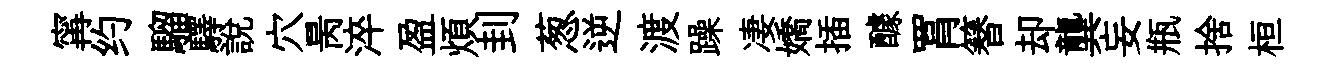
𡩋约騮驛說穴昺淬盈煩刲葱逆渡躁凄嬌插醵罥簮却龔妄瓶捨桓